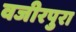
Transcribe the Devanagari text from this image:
वजीरपुरा